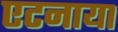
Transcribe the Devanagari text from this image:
एटनाया